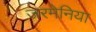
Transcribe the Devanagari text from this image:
जरमेनिया